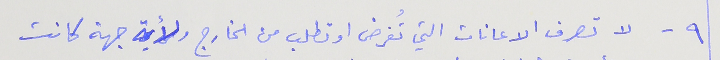
٩ - لا تصرف الاعانات التي تُفرض او تطلب من الخارج ولأية جهة كانت